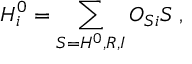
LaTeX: H _ { i } ^ { 0 } = \sum _ { S = H ^ { 0 } , R , I } O _ { S i } S \; ,